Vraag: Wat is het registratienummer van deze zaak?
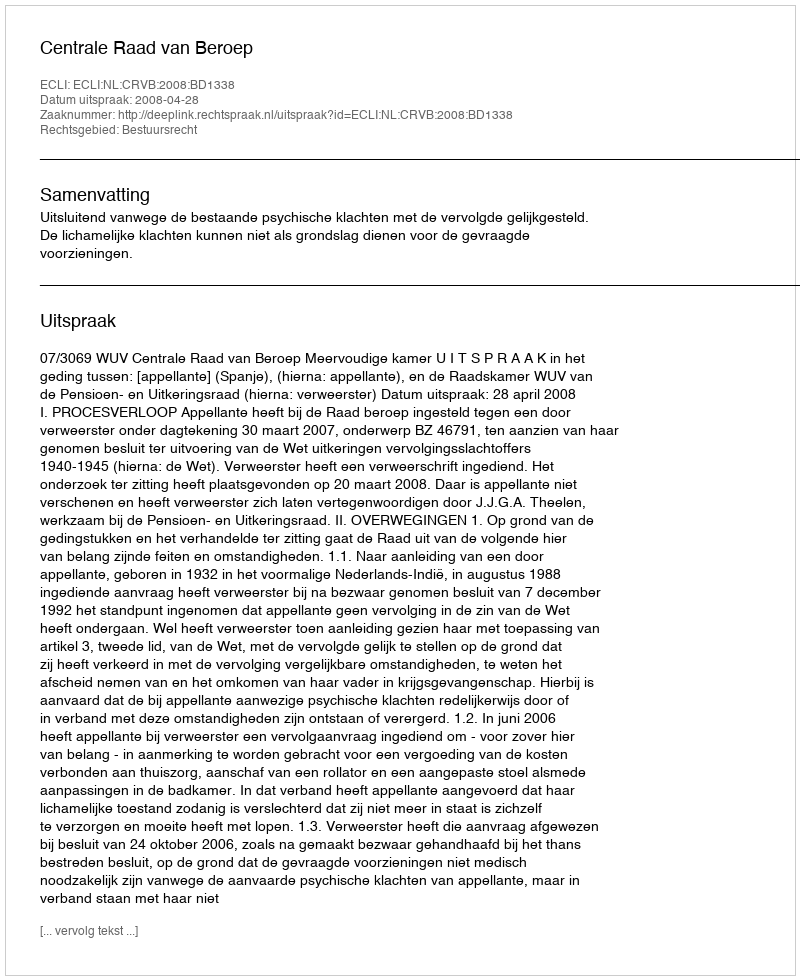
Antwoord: http://deeplink.rechtspraak.nl/uitspraak?id=ECLI:NL:CRVB:2008:BD1338